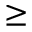
\geq